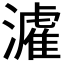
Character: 𤀶